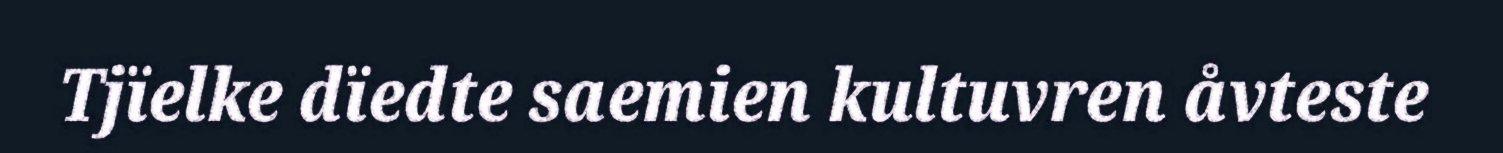
Tjïelke dïedte saemien kultuvren åvteste